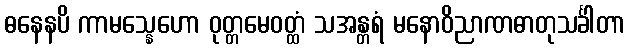
ဓနေနပိ ကာမသ္နေဟော ဝုတ္တမေဝတ္ထံ သအန္တရံ မနောဝိညာဏဓာတုသင်္ခါတာ